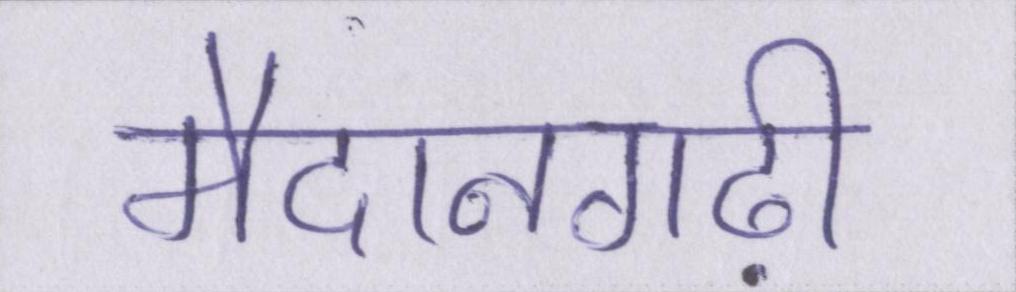
मैदानगढ़ी